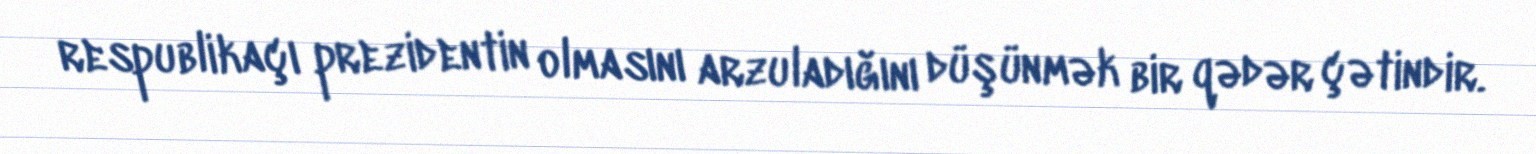
respublikaçı prezidentin olmasını arzuladığını düşünmək bir qədər çətindir.